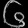
Digit: ၆